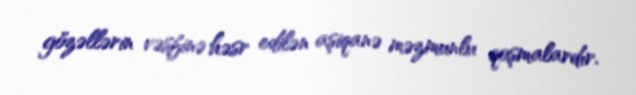
gözəllərin vəsfinə həsr edilən aşiqanə məzmunlu qoşmalardır.